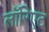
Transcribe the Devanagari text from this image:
लॉरिएट